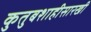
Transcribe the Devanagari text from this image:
कुतुबशाहीसारखी